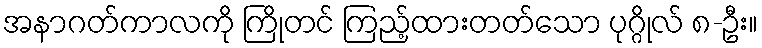
အနာဂတ်ကာလကို ကြိုတင် ကြည့်ထားတတ်သော ပုဂ္ဂိုလ် ၈-ဦး။